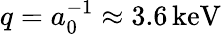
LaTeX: q=a_{0}^{-1}\approx 3.6\, \mathrm{keV}